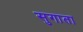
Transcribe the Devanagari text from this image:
सुगाता